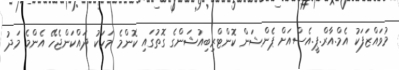
މުވައްޒަފަކު އެމް.އާރް.ޕީ.އެސްއަށް ޕެންޝަން ކޮންޓްރިބިއުޝަންގެ ގޮތުގައި ކޮންމެ މަހަކު ދައްކަންޖެހޭ އެންމެ މަދު